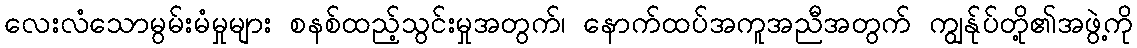
လေးလံသောမွမ်းမံမှုများ စနစ်ထည့်သွင်းမှုအတွက်၊ နောက်ထပ်အကူအညီအတွက် ကျွန်ုပ်တို့၏အဖွဲ့ကို